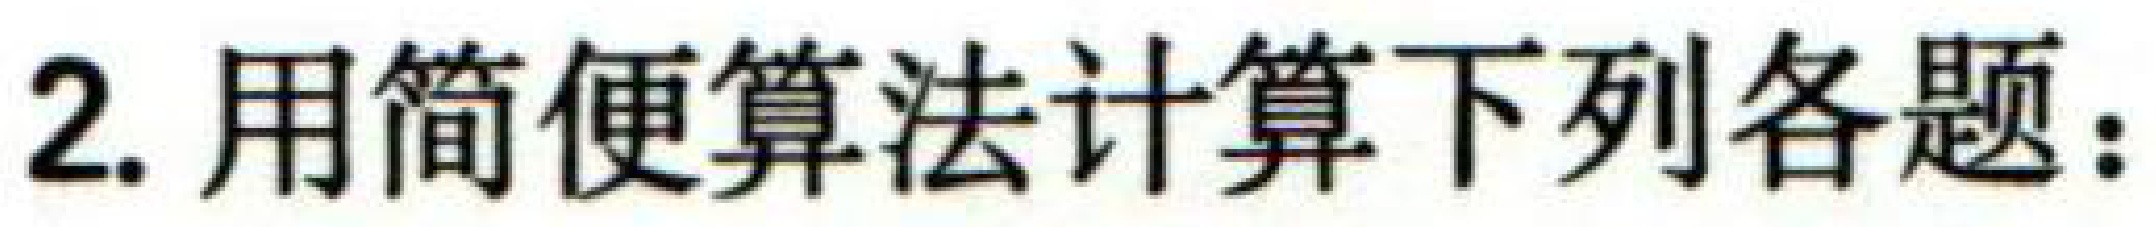
2. 用简便算法计算下列各题：